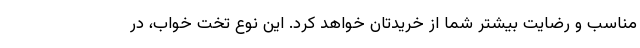
مناسب و رضایت بیشتر شما از خریدتان خواهد کرد. این نوع تخت خواب، در